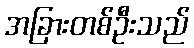
အခြားတစ်ဦးသည်